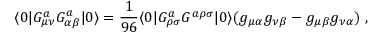
\langle 0 | G _ { \mu \nu } ^ { a } G _ { \alpha \beta } ^ { a } | 0 \rangle = { \frac { 1 } { 9 6 } } \langle 0 | G _ { \rho \sigma } ^ { a } G ^ { a \rho \sigma } | 0 \rangle ( g _ { \mu \alpha } g _ { \nu \beta } - g _ { \mu \beta } g _ { \nu \alpha } ) \; ,